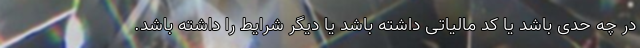
در چه حدی باشد یا کد مالیاتی داشته باشد یا دیگر شرایط را داشته باشد.